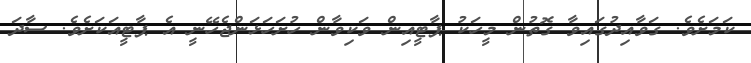
ކަމަށެވެ. ގަވާއިދުގައިވާ ގޮތުން މީހަކު ޕާޓީއިން ވަކިވާން ހުށަހަޅަންޖެހޭނީ އެ ޕާޓީއަކަށެވެ. ސާދަ